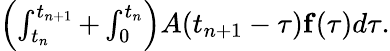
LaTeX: \begin{array}{r}{\left(\int_{t_{n}}^{t_{n+1}}+\int_{0}^{t_{n}}\right)A(t_{n+1}-\tau){\mathbf f}(\tau)d\tau.}\end{array}